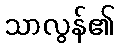
သာလွန်၏